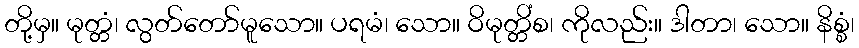
တို့မှ။ မုတ္တံ၊ လွတ်တော်မူသော။ ပရမံ၊ သော။ ဝိမုတ္တိံစ၊ ကိုလည်း။ ဒါတာ၊ သော။ နိစ္စံ၊